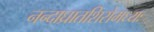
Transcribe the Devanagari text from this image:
नन्दाघ्रातशिरोमध्यः